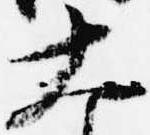
大